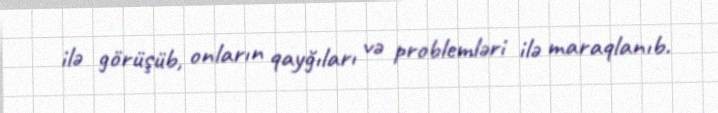
ilə görüşüb, onların qayğıları və problemləri ilə maraqlanıb.